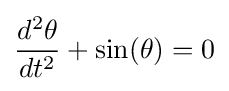
{\frac {d^{2}\theta }{dt^{2}}}+\sin(\theta )=0